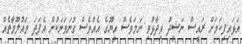
އަޅައިފިކަމަށް ރައީސް ނަޝީދު ވިދާޅުވި ނަމަވެސް އީޔޫގެ އެއްވެސް ގުނަވަނަކުން އެފަދަ މައުލޫމާތެއް